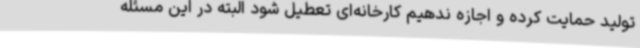
تولید حمایت کرده و اجازه ندهیم کارخانه‌ای تعطیل شود البته در این مسئله